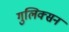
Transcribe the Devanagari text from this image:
गुलिक्सन